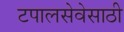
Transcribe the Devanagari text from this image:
टपालसेवेसाठी